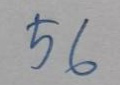
56